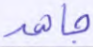
جاهد